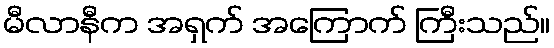
မီလာနီက အရှက် အကြောက် ကြီးသည်။